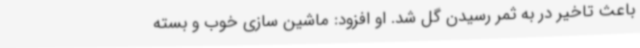
باعث تاخیر در به ثمر رسیدن گل شد. او افزود: ماشین سازی خوب و بسته